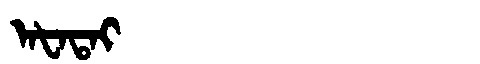
Manchu: ᠠᡶᠠᡨᠠᡳ
Romanization: AFATAI